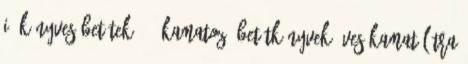
I. KÖNYVES BETÉTEK: 1. Kamatozó betétkönyvek éves kamat Látra